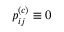
p _ { i j } ^ { ( c ) } \equiv 0